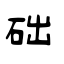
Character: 础